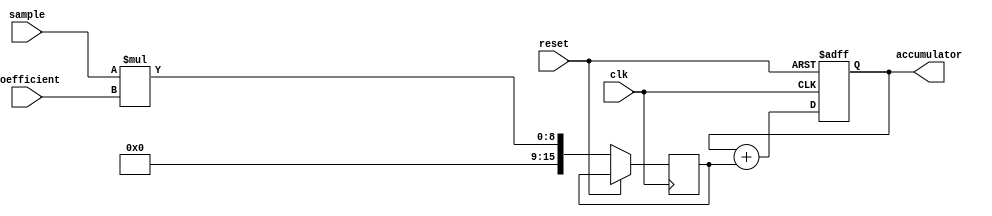
module FIR_accumulator (
    input wire clk,
    input wire reset,
    input wire sample,
    input wire [7:0] coefficient,
    output reg [15:0] accumulator
);

reg [15:0] product;

always @(posedge clk or posedge reset) begin
    if (reset) begin
        accumulator <= 16'b0;
    end else begin
        product <= sample * coefficient;
        accumulator <= accumulator + product;
    end
end

endmodule